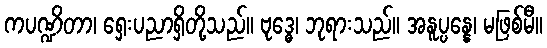
ကပဏ္ဍိတာ၊ ရှေးပညာရှိတို့သည်။ ဗုဒ္ဓေ၊ ဘုရားသည်။ အနူပ္ပန္နေ၊ မဖြစ်မီ။